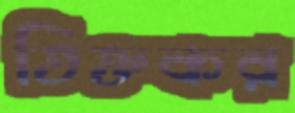
তিক্তকর